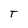
Character: T